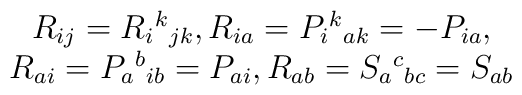
\begin{array}{c}R_{ij}=R_i{}^k{}_{jk},R_{ia}=P_i{}^k{}_{ak}=-P_{ia}, \\ R_{ai}=P_a{}^b{}_{ib}=P_{ai},R_{ab}=S_a{}^c{}_{bc}=S_{ab} \end{array}